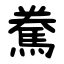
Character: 駦